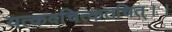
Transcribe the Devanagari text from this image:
यत्कवचित्कतचित्।।